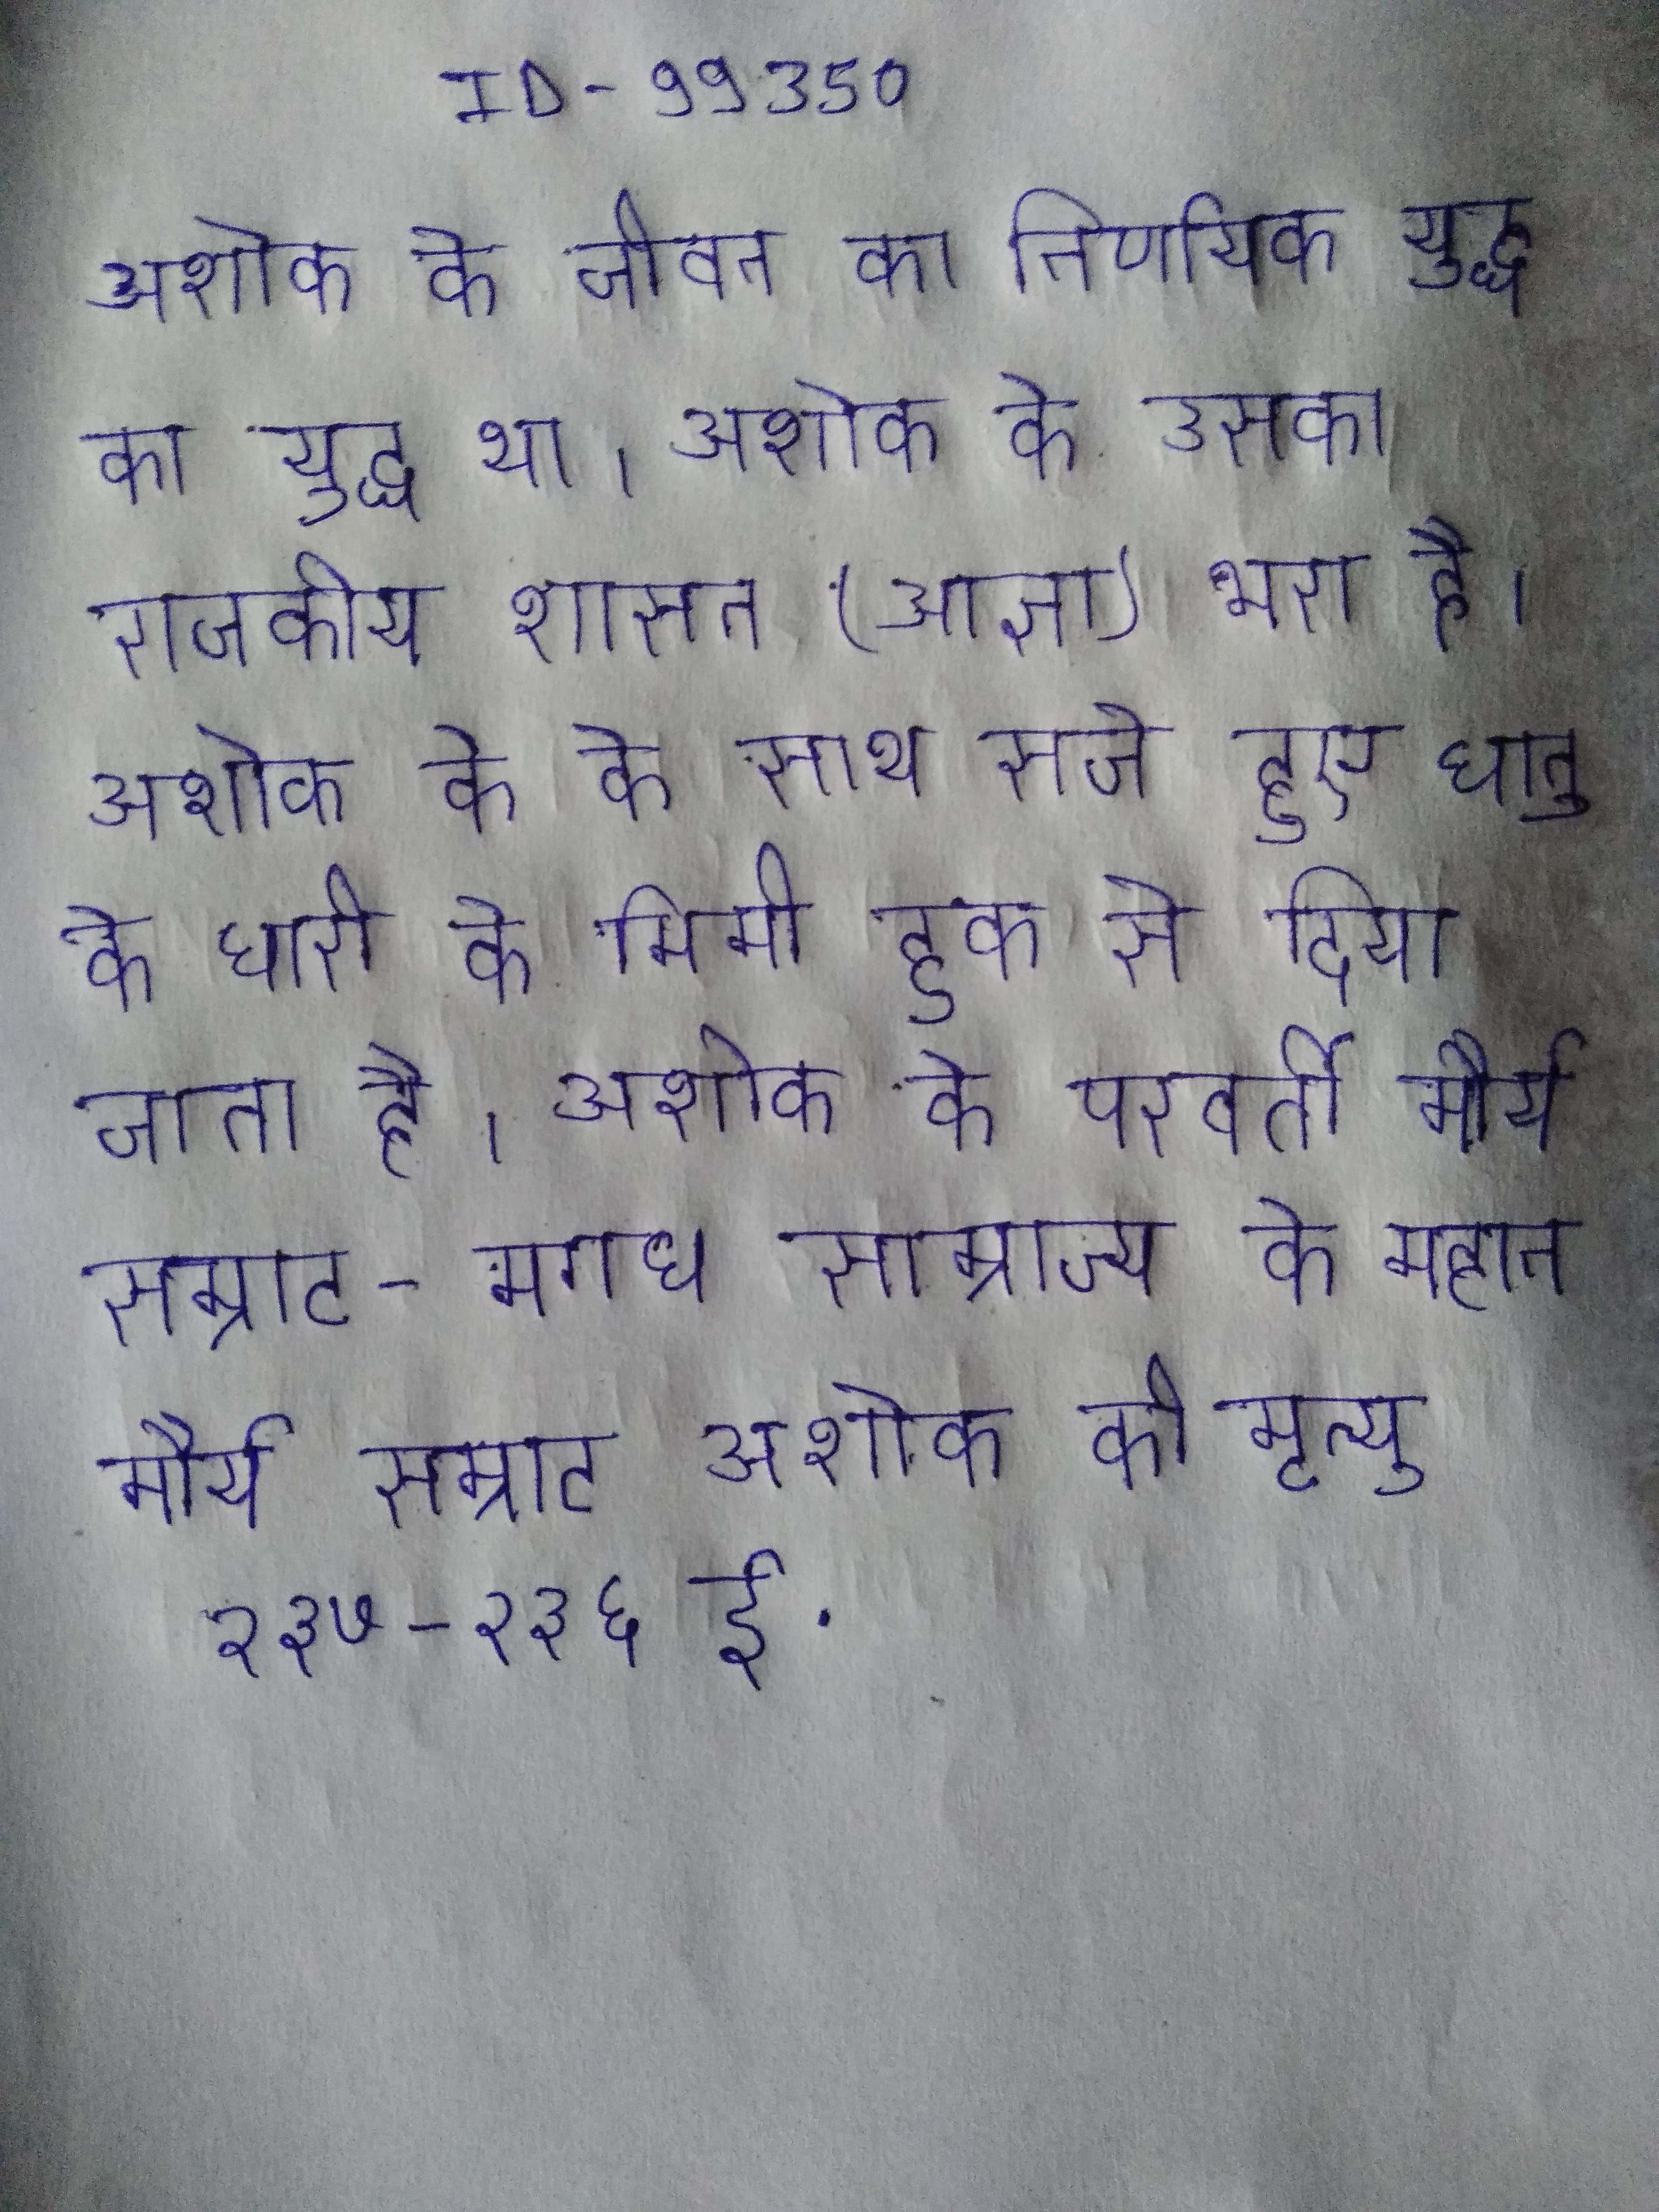
अशोक के जीवन का निर्णायक युद्ध का युद्ध था । अशोक के उसका राजकीय शासन (आज्ञा) भरा है । अशोक के के साथ सजे हुए धातु के धारी को मिमी हुक से दिया जाता है । अशोक के परवर्ती मौर्य सम्राट- मगध साम्राज्य के महान मौर्य सम्राट अशोक की मृत्यु २३७-२३६ ई.